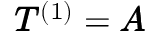
\pmb { T } ^ { ( 1 ) } = \pmb { A }